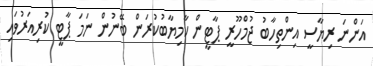
އަންނަ ރިޔާސީ އިންތިހާބު ޖުމްހޫރީ ޕާޓީން ކާމިޔާބުކުރަން ބޭނުން ނަމަ ޕާޓީ ކުރިއަރުވައި